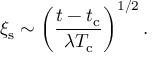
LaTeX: \xi _ { \mathrm { s } } \sim \left( \frac { t - t _ { \mathrm { c } } } { \lambda T _ { \mathrm { c } } } \right) ^ { 1 / 2 } .